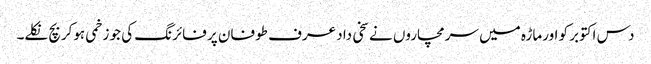
دس اکتوبر کو اورماڑہ میں سرمچاروں نے سخی داد عرف طوفان پر فائرنگ کی جو زخمی ہوکربچ نکلے۔